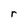
Character: r